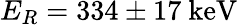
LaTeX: E_{R}=334\pm 17~\mathrm{keV}